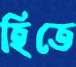
হিতে